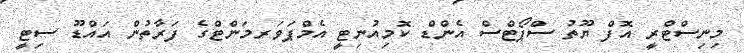
މިނިސްޓްރީ އޮފް ޔޫތު ސްޕޯޓްސް އެންޑް ކޮމިއުނިޓީ އެމްޕަވަރމަންޓްގެ ފަރާތުން އައްޑޫ ސިޓީ